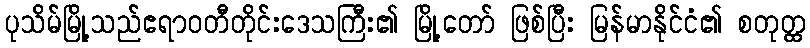
ပုသိမ်မြို့သည်ဧရာဝတီတိုင်းဒေသကြီး၏ မြို့တော် ဖြစ်ပြီး မြန်မာနိုင်ငံ၏ စတုတ္ထ